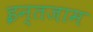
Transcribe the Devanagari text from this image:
इन्‍तजाम